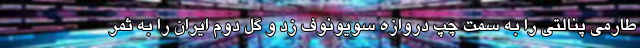
طارمی پنالتی را به سمت چپ دروازه سویونوف زد و گل دوم ایران را به ثمر